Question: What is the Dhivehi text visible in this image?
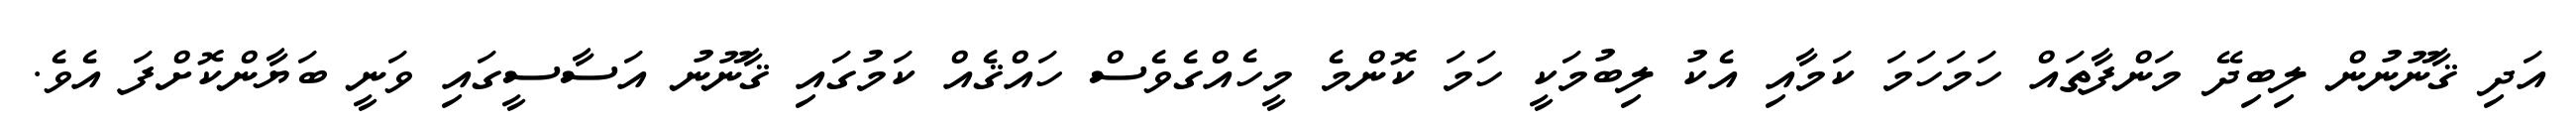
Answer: އަދި ޤާނޫނުން ލިބިދޭ މަންފާތައް ހަމަހަމަ ކަމާއި އެކު ލިބުމަކީ ހަމަ ކޮންމެ މީހެއްގެވެސް ހައްޤެއް ކަމުގައި ޤާނޫނު އަސާސީގައި ވަނީ ބަޔާންކޮށްފަ އެވެ.